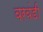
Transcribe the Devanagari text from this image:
वरवंडी